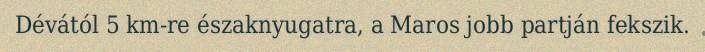
Dévától 5 km-re északnyugatra, a Maros jobb partján fekszik.